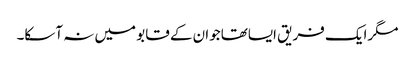
مگرایک فریق ایساتھاجوان کے قابو میں نہ آسکا۔